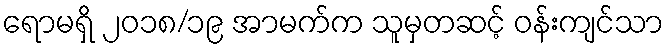
ရောမရှိ ၂၀၁၈/၁၉ အာမက်က သူမှတဆင့် ဝန်းကျင်သာ